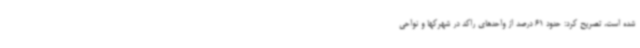
شده است، تصریح کرد: حدود 61 درصد از واحدهای راکد در شهرکها و نواحی